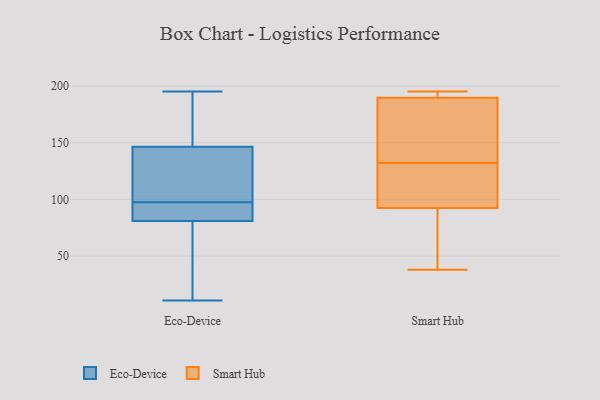
{"axis": {"x": "Backlog", "y": "Value"}, "legend": ["Eco-Device", "Smart Hub"], "data": [{"x": "", "y": 96, "type": "Eco-Device"}, {"x": "", "y": 190, "type": "Eco-Device"}, {"x": "", "y": 195, "type": "Eco-Device"}, {"x": "", "y": 87, "type": "Eco-Device"}, {"x": "", "y": 130, "type": "Eco-Device"}, {"x": "", "y": 103, "type": "Eco-Device"}, {"x": "", "y": 163, "type": "Eco-Device"}, {"x": "", "y": 11, "type": "Eco-Device"}, {"x": "", "y": 88, "type": "Eco-Device"}, {"x": "", "y": 77, "type": "Eco-Device"}, {"x": "", "y": 130, "type": "Eco-Device"}, {"x": "", "y": 62, "type": "Eco-Device"}, {"x": "", "y": 85, "type": "Eco-Device"}, {"x": "", "y": 99, "type": "Eco-Device"}, {"x": "", "y": 22, "type": "Eco-Device"}, {"x": "", "y": 169, "type": "Eco-Device"}, {"x": "", "y": 167, "type": "Smart Hub"}, {"x": "", "y": 195, "type": "Smart Hub"}, {"x": "", "y": 38, "type": "Smart Hub"}, {"x": "", "y": 194, "type": "Smart Hub"}, {"x": "", "y": 60, "type": "Smart Hub"}, {"x": "", "y": 99, "type": "Smart Hub"}, {"x": "", "y": 89, "type": "Smart Hub"}, {"x": "", "y": 185, "type": "Smart Hub"}, {"x": "", "y": 195, "type": "Smart Hub"}, {"x": "", "y": 146, "type": "Smart Hub"}, {"x": "", "y": 96, "type": "Smart Hub"}, {"x": "", "y": 118, "type": "Smart Hub"}]}